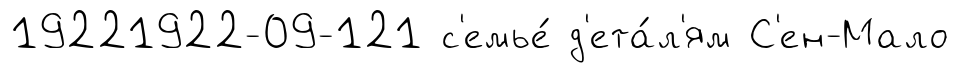
19221922-09-121 с'емье́ д'ета́л'ям С'ен-Мало